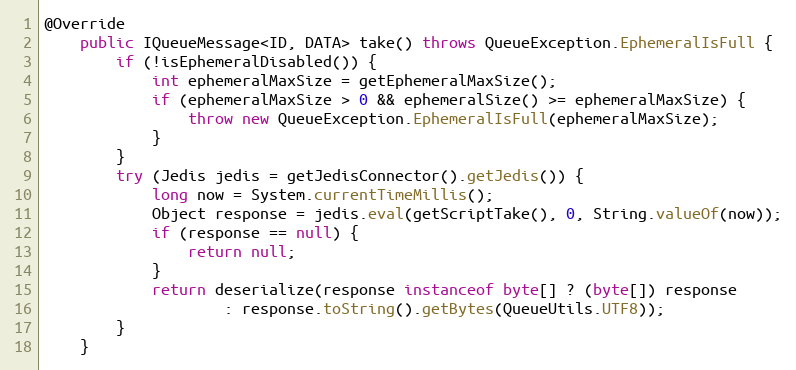
Language: Java
@Override
    public IQueueMessage<ID, DATA> take() throws QueueException.EphemeralIsFull {
        if (!isEphemeralDisabled()) {
            int ephemeralMaxSize = getEphemeralMaxSize();
            if (ephemeralMaxSize > 0 && ephemeralSize() >= ephemeralMaxSize) {
                throw new QueueException.EphemeralIsFull(ephemeralMaxSize);
            }
        }
        try (Jedis jedis = getJedisConnector().getJedis()) {
            long now = System.currentTimeMillis();
            Object response = jedis.eval(getScriptTake(), 0, String.valueOf(now));
            if (response == null) {
                return null;
            }
            return deserialize(response instanceof byte[] ? (byte[]) response
                    : response.toString().getBytes(QueueUtils.UTF8));
        }
    }